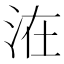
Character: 𰛢